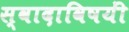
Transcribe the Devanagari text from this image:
स्वादाविषयीं